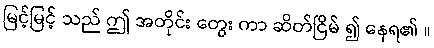
မြင့်မြင့် သည် ဤ အတိုင်း တွေး ကာ ဆိတ်ငြိမ် ၍ နေရ၏ ။